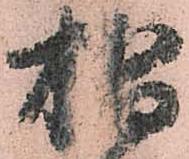
椙